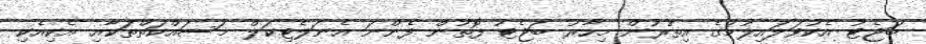
ބަޖެޓު އެކުވަލައިލުމުގެ އިތުރުން މިހާރު ބަޖެޓު ފޮތުން ފެންނަ އެނަލެޓިކަލް މަސައްކަތްތަކާއި އެކިއެކި